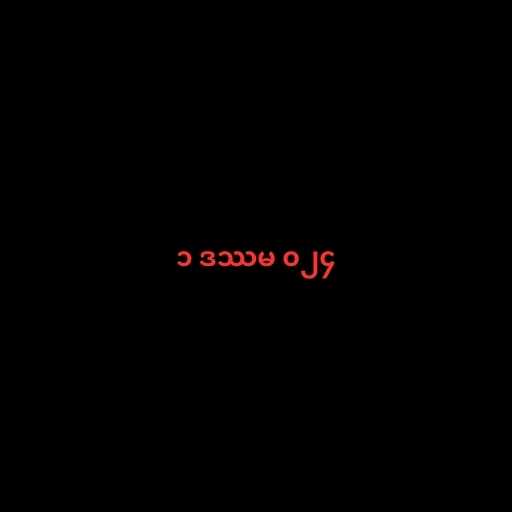
၁ ဒဿမ ၀၂၄